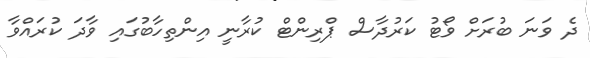
ދެ ވަނަ ބުރަށް ވޯޓު ކަރުދާސް ޕްރިންޓް ކުރާނީ އިންތިހާބުގައި ވާދަ ކުރައްވާ